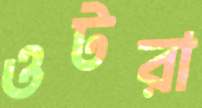
ওটরা